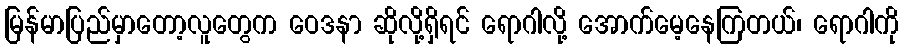
မြန်မာပြည်မှာတော့လူတွေက ဝေဒနာ ဆိုလို့ရှိရင် ရောဂါလို့ အောက်မေ့နေကြတယ်၊ ရောဂါကို